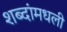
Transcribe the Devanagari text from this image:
शब्दांमधली